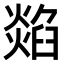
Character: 𤏭